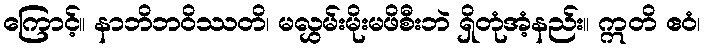
ကြောင့်။ နာဘိဘဝိဿတိ၊ မလွှမ်းမိုးမဖိစီးဘဲ ရှိတုံအံ့နည်း။ ဣတိ ဧဝံ၊